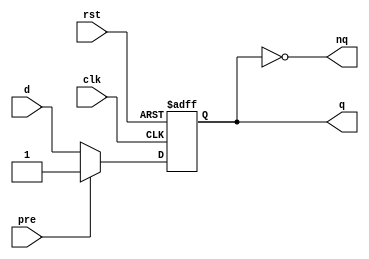
/*
D flip flop with async reset
*/

module dff(
clk,    // clock
rst,    // reset
pre,    // preset
d,      // input signal
q,      // output
nq      // not q
);

input clk;
input rst;
input pre;
input d;

output q;
output nq;

wire clk;
wire rst;
wire pre;
wire d;

reg q;
// reg nq; this won't work

// nq always the opposite of q
assign nq = ~q;

always @ (posedge rst or posedge clk)
begin
    // in posedge rst only this line can be executed, since rst will be 1.
    // desired since rst signal shouldn't change anything else.
    if (rst == 1'b1) begin
        q <= 0;
    end else if (pre == 1'b1) begin
        q <= 1;
    end else begin
        q <= d;
    end
end

endmodule